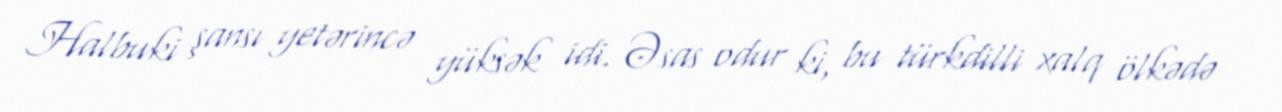
Halbuki şansı yetərincə yüksək idi. Əsas odur ki, bu türkdilli xalq ölkədə